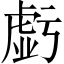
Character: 𧇊